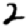
Digit: 2